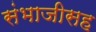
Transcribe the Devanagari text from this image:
संभाजीसह